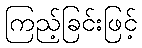
ကြည့်ခြင်းဖြင့်